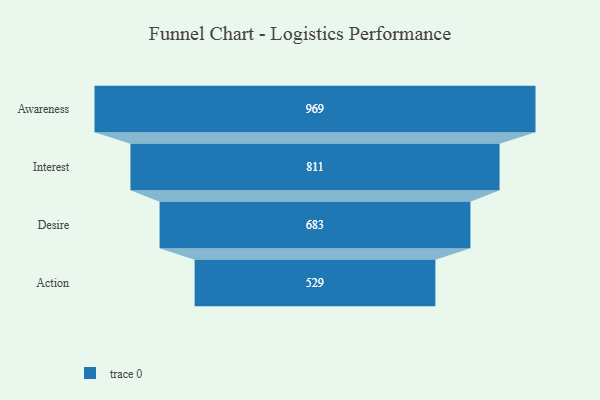
{"axis": {"x": "Stage", "y": "Value"}, "legend": [""], "data": [{"x": "Awareness", "y": 969.0, "type": ""}, {"x": "Interest", "y": 811.0, "type": ""}, {"x": "Desire", "y": 683.0, "type": ""}, {"x": "Action", "y": 529.0, "type": ""}]}